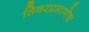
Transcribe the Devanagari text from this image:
तिवरप्रमाणेच